Annual administration report of the Civil Veterinary Department of India - 1892-1893
Year: 1892
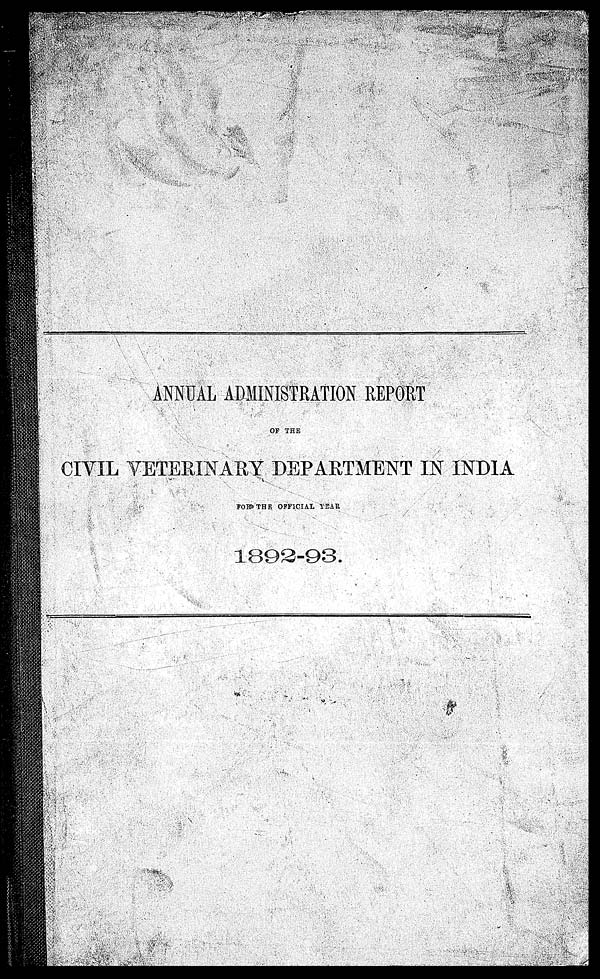
ANNUAL ADMINISTRATION REPORT
OF THE
CIVIL VETERINARY DEPARTMENT IN INDIA
FOR THE OFFICIAL YEAR
1892-93.